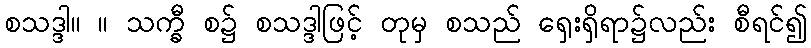
စသဒ္ဒါ။ ။ သက္ခီ စ၌ စသဒ္ဒါဖြင့် တုမှ စသည် ရှေးရှိရာ၌လည်း စီရင်၍